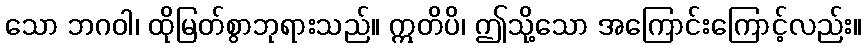
သော ဘဂဝါ၊ ထိုမြတ်စွာဘုရားသည်။ ဣတိပိ၊ ဤသို့သော အကြောင်းကြောင့်လည်း။